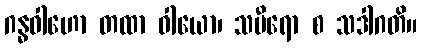
ဂန္ဓဝါဟော တထာ ဝါယော၊ သမီရော စ သဒါဂတိ။